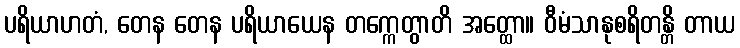
ပရိယာဟတံ, တေန တေန ပရိယာယေန တက္ကေတွာတိ အတ္ထော။ ဝီမံသာနုစရိတန္တိ တာယ